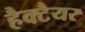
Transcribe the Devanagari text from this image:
हैक्टैयर